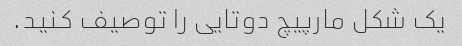
یک شکل مارپیچ دوتایی را توصیف کنید.